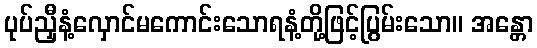
ပုပ်ညှီနံ့လှောင်မကောင်းသောရနံ့တို့ဖြင့်ပြွမ်းသော။ အန္တော